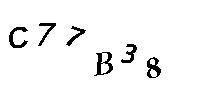
C77B38